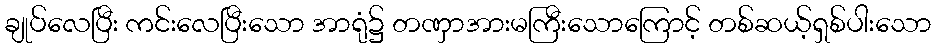
ချုပ်လေပြီး ကင်းလေပြီးသော အာရုံ၌ တဏှာအားမကြီးသောကြောင့် တစ်ဆယ့်ရှစ်ပါးသော